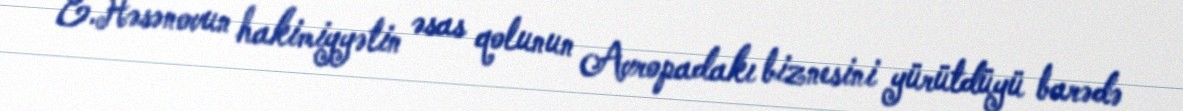
E.Həsənovun hakimiyyətin əsas qolunun Avropadakı biznesini yürütdüyü barədə